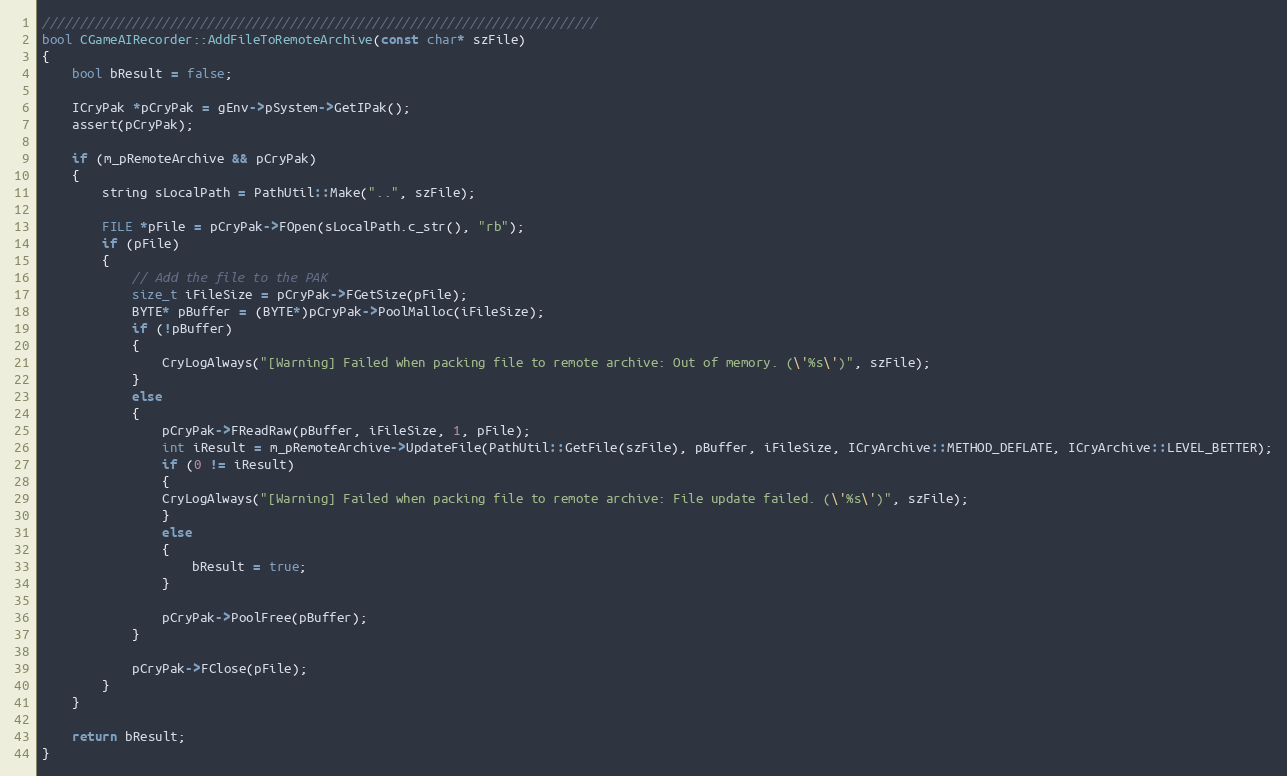
Language: C++
//////////////////////////////////////////////////////////////////////////
bool CGameAIRecorder::AddFileToRemoteArchive(const char* szFile)
{
	bool bResult = false;

	ICryPak *pCryPak = gEnv->pSystem->GetIPak();
	assert(pCryPak);

	if (m_pRemoteArchive && pCryPak)
	{
		string sLocalPath = PathUtil::Make("..", szFile);

		FILE *pFile = pCryPak->FOpen(sLocalPath.c_str(), "rb");
		if (pFile)
		{
			// Add the file to the PAK
			size_t iFileSize = pCryPak->FGetSize(pFile);
			BYTE* pBuffer = (BYTE*)pCryPak->PoolMalloc(iFileSize);
			if (!pBuffer)
			{
				CryLogAlways("[Warning] Failed when packing file to remote archive: Out of memory. (\'%s\')", szFile);
			}
			else
			{
				pCryPak->FReadRaw(pBuffer, iFileSize, 1, pFile);
				int iResult = m_pRemoteArchive->UpdateFile(PathUtil::GetFile(szFile), pBuffer, iFileSize, ICryArchive::METHOD_DEFLATE, ICryArchive::LEVEL_BETTER);
				if (0 != iResult)
				{
				CryLogAlways("[Warning] Failed when packing file to remote archive: File update failed. (\'%s\')", szFile);
				}
				else
				{
					bResult = true;
				}

				pCryPak->PoolFree(pBuffer);
			}

			pCryPak->FClose(pFile);
		}
	}

	return bResult;
}